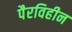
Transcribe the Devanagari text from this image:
पैरविहीन